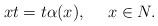
LaTeX: \begin{align*}xt=t\alpha(x),\ \ \ \ x\in N.\end{align*}